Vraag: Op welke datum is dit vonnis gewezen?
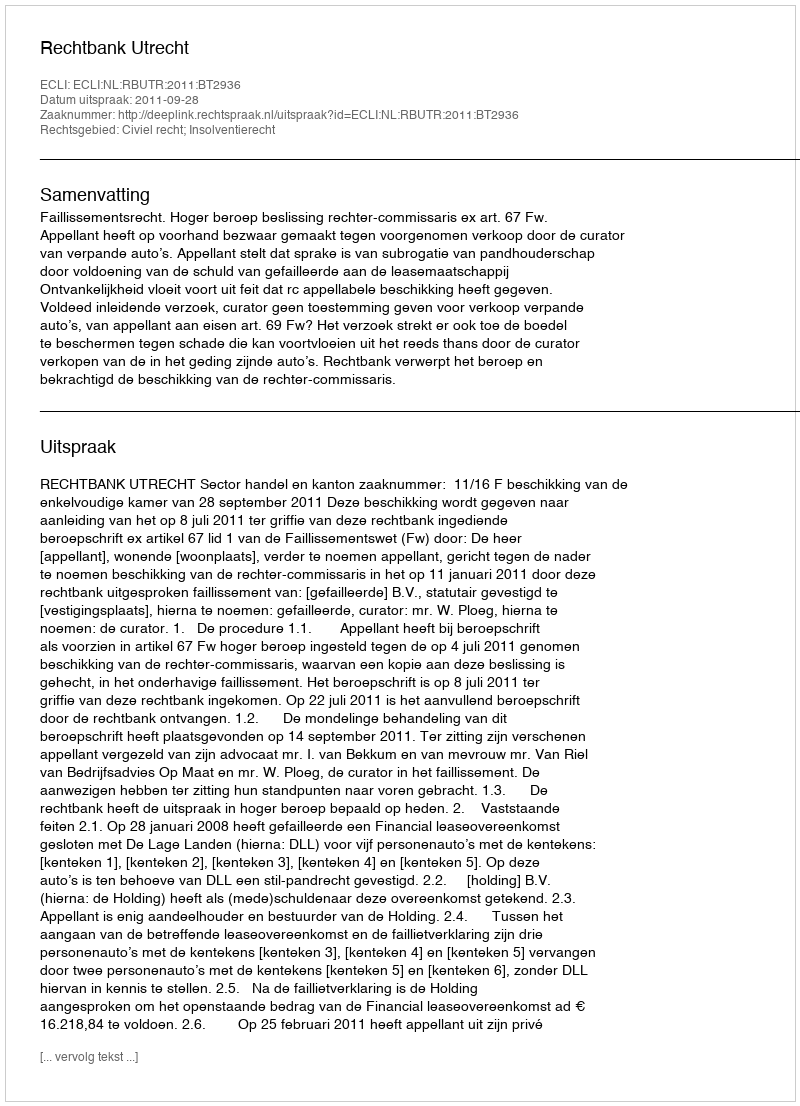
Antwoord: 2011-09-28